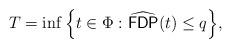
LaTeX: \begin{align*} T = \inf\Big\{t \in \Phi:\widehat{\mathsf{FDP}}(t)\leq q\Big\},\end{align*}